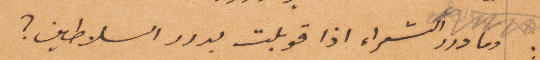
وما درر الشعراء اذا قوبلت بدرر السلاطين؟